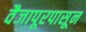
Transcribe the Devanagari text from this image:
वैजापूरपासून